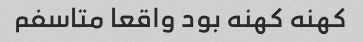
کهنه کهنه بود واقعا متاسفم